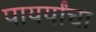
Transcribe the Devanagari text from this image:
पायर्यांचा